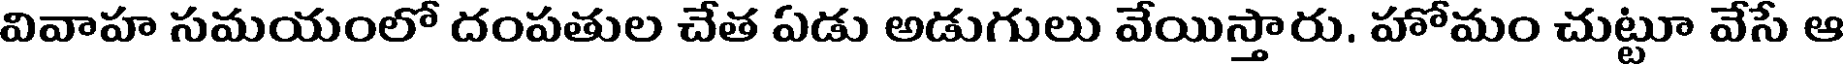
వివాహ సమయంలో దంపతుల చేత ఏడు అడుగులు వేయిస్తారు. హోమం చుట్టూ వేసే ఆ